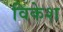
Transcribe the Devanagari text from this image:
विकेश